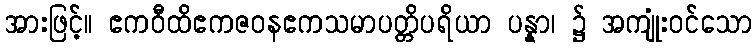
အားဖြင့်။ ဧကဝီထိဧကဇဝနဧကသမာပတ္တိပရိယာ ပန္နာ၊ ၌ အကျုံးဝင်သော